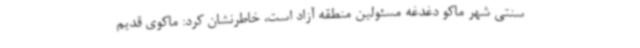
سنتی شهر ماکو دغدغه مسئولین منطقه آزاد است، خاطرنشان کرد: ماکوی قدیم